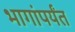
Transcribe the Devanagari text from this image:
भागांपर्यंत